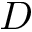
D